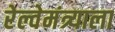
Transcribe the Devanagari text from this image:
रेल्वेमंत्र्याला